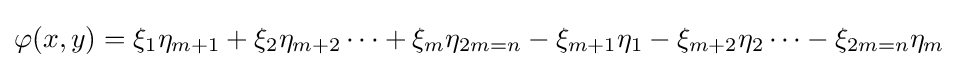
\varphi (x,y)=\xi _{1}\eta _{m+1}+\xi _{2}\eta _{m+2}\cdots +\xi _{m}\eta _{2m=n}-\xi _{m+1}\eta _{1}-\xi _{m+2}\eta _{2}\cdots -\xi _{2m=n}\eta _{m}